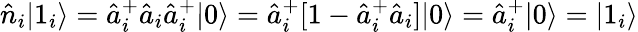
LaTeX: \hat{n}_{i}|1_{i}\rangle=\hat{a}_{i}^{+}\hat{a}_{i}\hat{a}_{i}^{+}|0\rangle=\hat{a}_{i}^{+}[1-\hat{a}_{i}^{+}\hat{a}_{i}]|0\rangle=\hat{a}_{i}^{+}|0\rangle=|1_{i}\rangle